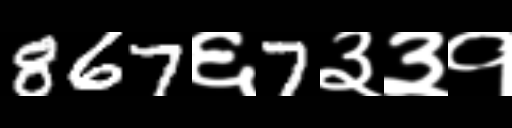
Text: 867६7३३१